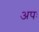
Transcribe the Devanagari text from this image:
अपः